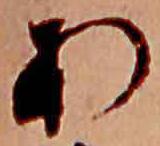
あ